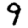
Digit: 9